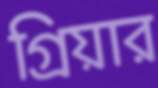
গ্রিয়ার